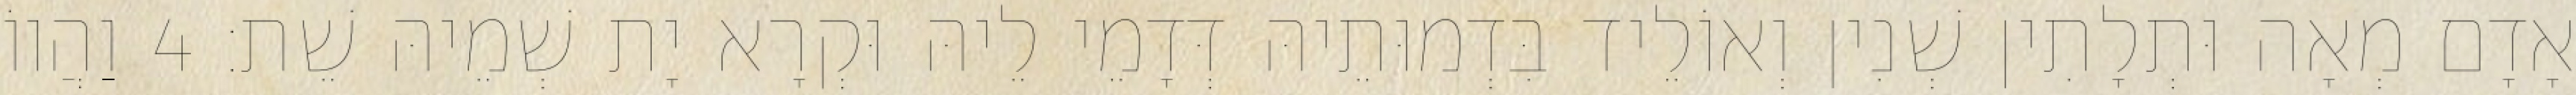
אָדָם מְאָה וּתְלָתִין שְׁנִין וְאוֹלֵיד בִּדְמוּתֵיהּ דְּדָמֵי לֵיהּ וּקְרָא יָת שְׁמֵיהּ שֵׁת׃ 4 וַהֲווֹ